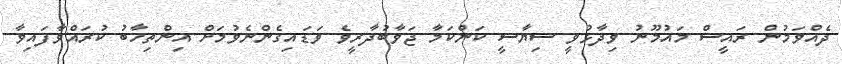
ދެއްވަމުން ރައީސް މައުމޫނު ވިދާޅުވީ ސިޔާސީ ކަންކަމާ ޖަވާބުދާރީވެ ވަޑައިގެންނެވުމަށް އިންތިހާބު ކުރައްވާފައިވާ